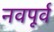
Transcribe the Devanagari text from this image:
नवपूर्व